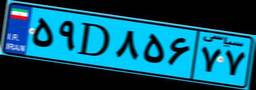
۵۹D۸۵۶۷۷